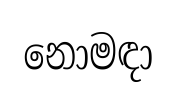
නොමඳා